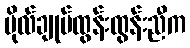
ဗိုလ်ချုပ်ထွန်းထွန်းညီက